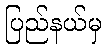
ပြည်နယ်မှ